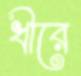
ধীরে